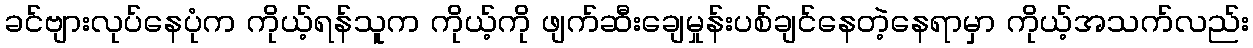
ခင်ဗျားလုပ်နေပုံက ကိုယ့်ရန်သူက ကိုယ့်ကို ဖျက်ဆီးချေမှုန်းပစ်ချင်နေတဲ့နေရာမှာ ကိုယ့်အသက်လည်း